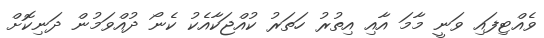
ވެއްޓިފައި ވަނީ މާމަ އާއި އިތުރު ހަތަރު ކުއްޖަކާއެކު ކެނޯ ދުއްވަމުން ދަނިކޮށް